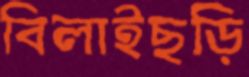
বিলাইছড়ি